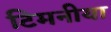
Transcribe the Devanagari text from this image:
टिमनीया